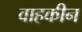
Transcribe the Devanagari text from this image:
वाहकीन